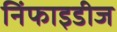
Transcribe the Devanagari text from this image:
निंफाइडीज